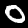
Label: 0